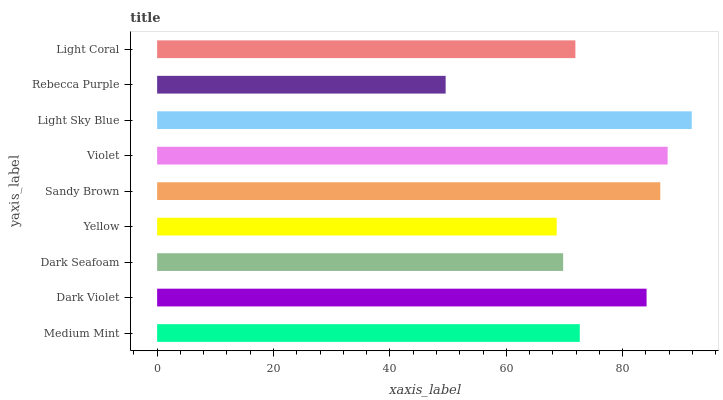
| yaxis_label | bars |
 | --- | --- |
 | Medium Mint | 72.6 |
 | Dark Violet | 84.1 |
 | Dark Seafoam | 69.8 |
 | Yellow | 68.7 |
 | Sandy Brown | 86.5 |
 | Violet | 87.7 |
 | Light Sky Blue | 91.9 |
 | Rebecca Purple | 49.6 |
 | Light Coral | 71.9 |